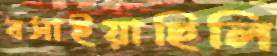
বসাইয়াছিলি